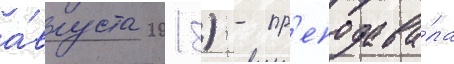
а́вгуста 2018) - пр'еподава́ла